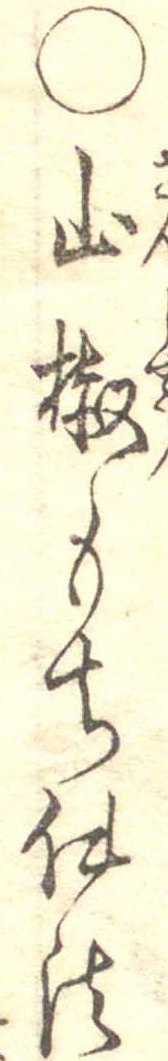
○山椒もち仕法